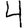
Digit: 4